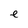
Character: e